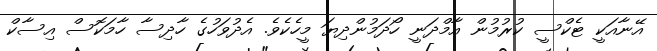
އޭނާއަކީ ޓެކްސީ ކުރުމުން އާމްދަނީ ހޯދަމުންދިޔަ މީހެކެވެ. އެދުވަހުގެ ހާދިސާ ހާމަކޮސް އިސާކް